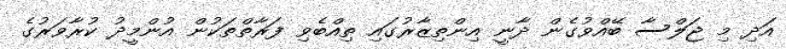
އަދި މި ޖަލްސާ ބޭއްވުގެން ދާނީ އިންތިޒާރުގައި ތިއްބެވި ފަރާތްތަކުން އުންމީދު ކުރާވަރުގެ